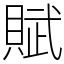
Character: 賦